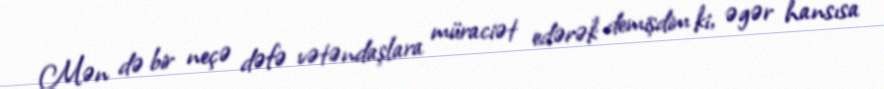
Mən də bir neçə dəfə vətəndaşlara müraciət edərək demişdim ki, əgər hansısa